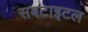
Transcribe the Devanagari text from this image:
सबटाइटल